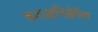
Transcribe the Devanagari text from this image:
कटाक्षनिक्षेपेण